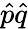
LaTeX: {\hat{p}}{\hat{q}}